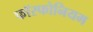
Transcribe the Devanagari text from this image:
फॉस्फोनियम